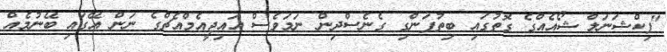
"ފިކްޝަނަލް ޝޯއެއްގެ ގޮތުގައި ބިތުފަންގި ގެެނެސްދިން ނަމަވެސް އައިޖީއެމްއެޗްގެ ނަން އޭގައި ބޭނުމެއް